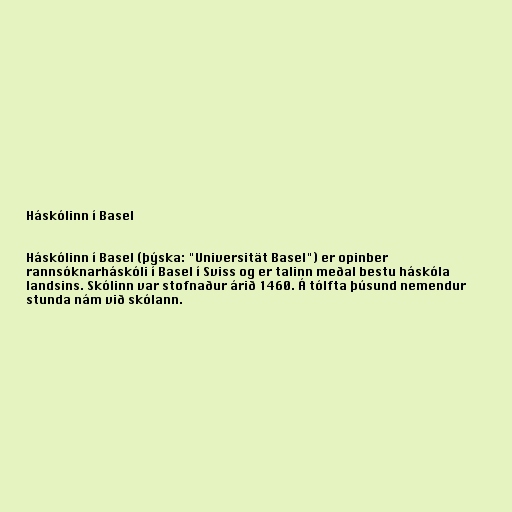
Háskólinn í Basel

Háskólinn í Basel (þýska: "Universität Basel") er opinber
rannsóknarháskóli í Basel í Sviss og er talinn meðal bestu háskóla
landsins. Skólinn var stofnaður árið 1460. Á tólfta þúsund nemendur
stunda nám við skólann.